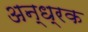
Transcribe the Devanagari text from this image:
अन्ध्रक